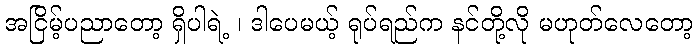
အငြိမ့်ပညာတော့ ရှိပါရဲ့ ၊ ဒါပေမယ့် ရုပ်ရည်က နင်တို့လို မဟုတ်လေတော့